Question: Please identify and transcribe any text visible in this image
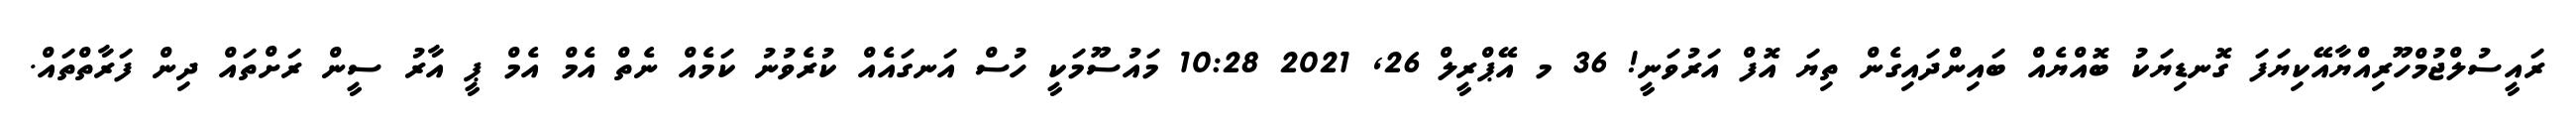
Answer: ރައީސުލްޖުމްހޫރިއްޔާއޭކިޔަފަ ގޮނޑިޔަކު ބޮއްޔެއް ބައިންދައިގެން ތިޔަ އޮފް އަރުވަނީ! 36 މ އޭޕްރީލް 26, 2021 10:28 މައުސޫމަކީ ހުސް އަނގައެއް ކުރެވުނު ކަމެއް ނެތް އެމް އެމް ޕީ އާރު ސީން ރަށްތައް ދިން ފަރާތްތައް.